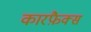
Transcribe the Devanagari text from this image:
कारफ़ैक्स